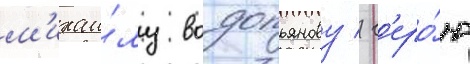
м'ихаи́лу водопьянову / г'еро́ю